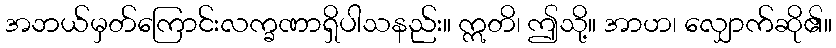
အဘယ်မှတ်ကြောင်းလက္ခဏာရှိပါသနည်း။ ဣတိ၊ ဤသို့။ အာဟ၊ လျှောက်ဆို၏။